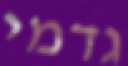
גדמי